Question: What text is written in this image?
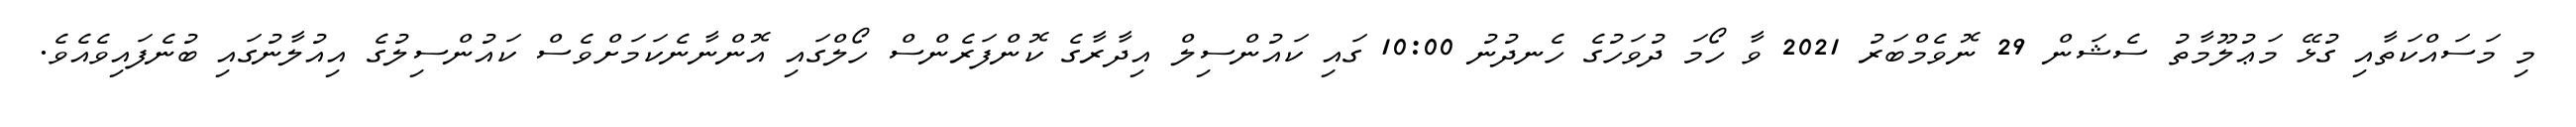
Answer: މި މަސައްކަތާއި ގުޅޭ މަޢުލޫމާތު ސެޝަން 29 ނޮވެމްބަރު 2021 ވާ ހޯމަ ދުވަހުގެ ހެނދުނު 10:00 ގައި ކައުންސިލް އިދާރާގެ ކޮންފަރެންސް ހޯލްގައި އޮންނާނެކަމަށްވެސް ކައުންސިލުގެ އިއުލާނުގައި ބުނެފައިވެއެވެ.